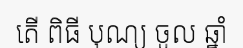
តើ ពិធី បុណ្យ ចូល ឆ្នាំ